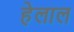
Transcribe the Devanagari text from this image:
हेलाल